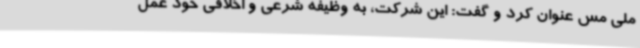
ملی مس عنوان کرد و گفت: این شرکت، به وظیفه شرعی و اخلاقی خود عمل